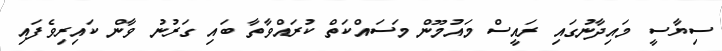
ސިޔާސީ މައިދާނުގައި ރައީސް މައުމޫން މަސައްކަތް ކުރައްވާތާ ބައި ގަރުނު ވާން ކައިރިވެފައި